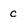
Character: c